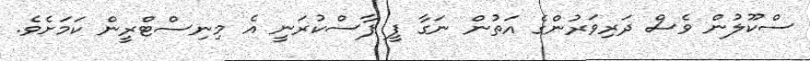
ސްކޫލުން ވެސް ދަރިވަރުންގެ އަތުން ނަގާ ފީ ފާސްކުރަނީ އެ މިނިސްޓްރީން ކަމަށެވެ.